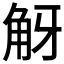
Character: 𧣐